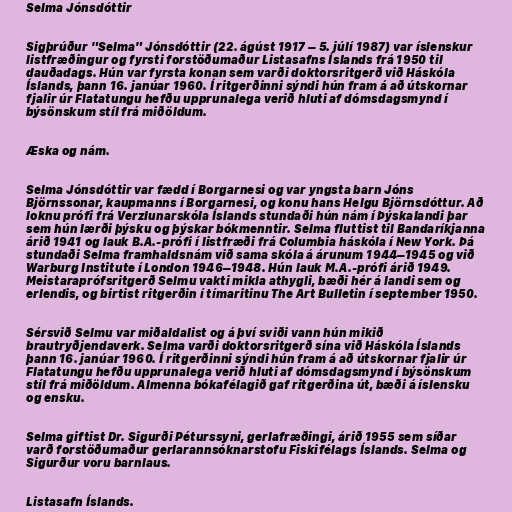
Selma Jónsdóttir

Sigþrúður "Selma" Jónsdóttir (22. ágúst 1917 – 5. júlí 1987) var íslenskur
listfræðingur og fyrsti forstöðumaður Listasafns Íslands frá 1950 til
dauðadags. Hún var fyrsta konan sem varði doktorsritgerð við Háskóla
Íslands, þann 16. janúar 1960. Í ritgerðinni sýndi hún fram á að útskornar
fjalir úr Flatatungu hefðu upprunalega verið hluti af dómsdagsmynd í
býsönskum stíl frá miðöldum.

Æska og nám.

Selma Jónsdóttir var fædd í Borgarnesi og var yngsta barn Jóns
Björnssonar, kaupmanns í Borgarnesi, og konu hans Helgu Björnsdóttur. Að
loknu prófi frá Verzlunarskóla Íslands stundaði hún nám í Þýskalandi þar
sem hún lærði þýsku og þýskar bókmenntir. Selma fluttist til Bandaríkjanna
árið 1941 og lauk B.A.-prófi í listfræði frá Columbia háskóla í New York. Þá
stundaði Selma framhaldsnám við sama skóla á árunum 1944–1945 og við
Warburg Institute í London 1946–1948. Hún lauk M.A.-prófi árið 1949.
Meistaraprófsritgerð Selmu vakti mikla athygli, bæði hér á landi sem og
erlendis, og birtist ritgerðin í tímaritinu The Art Bulletin í september 1950.

Sérsvið Selmu var miðaldalist og á því sviði vann hún mikið
brautryðjendaverk. Selma varði doktorsritgerð sína við Háskóla Íslands
þann 16. janúar 1960. Í ritgerðinni sýndi hún fram á að útskornar fjalir úr
Flatatungu hefðu upprunalega verið hluti af dómsdagsmynd í býsönskum
stíl frá miðöldum. Almenna bókafélagið gaf ritgerðina út, bæði á íslensku
og ensku.

Selma giftist Dr. Sigurði Péturssyni, gerlafræðingi, árið 1955 sem síðar
varð forstöðumaður gerlarannsóknarstofu Fiskifélags Íslands. Selma og
Sigurður voru barnlaus.

Listasafn Íslands.